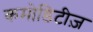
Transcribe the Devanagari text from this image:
कमोडिटीज़